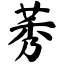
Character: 莠